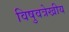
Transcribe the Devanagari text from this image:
विषुवत्रेखीय